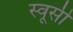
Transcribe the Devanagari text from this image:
स्वूसी